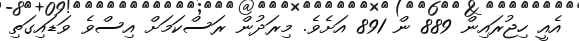
އެއީ ހިޖުރައިން 889 ން 891 އަށެވެ. މިރަދުން ރަސްކަމަށް އިސްވެ ވަޑައިގަތި